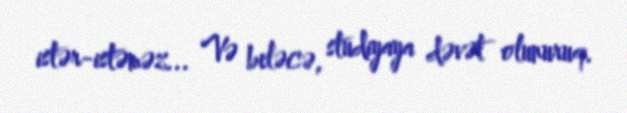
istər-istəməz... Və beləcə, studiyaya dəvət olunuruq.